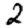
Digit: 2